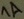
Text: 1A